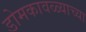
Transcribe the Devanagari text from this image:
डोमकावळ्याच्या